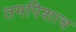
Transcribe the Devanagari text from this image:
तमपिशाच